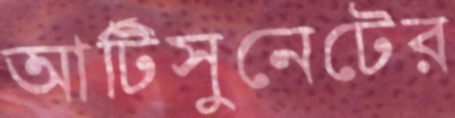
আর্টিসুনেটের